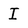
Character: I